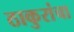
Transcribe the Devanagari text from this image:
ठाकुरांचा